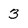
Character: 3